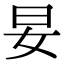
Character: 妟